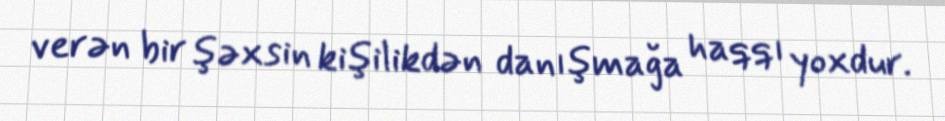
verən bir şəxsin kişilikdən danışmağa haqqı yoxdur.